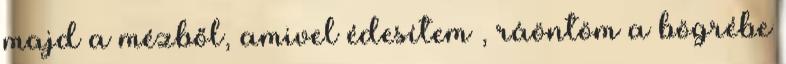
majd a mézből, amivel édesítem , ráöntöm a bögrébe